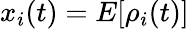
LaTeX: x_{i}(t)=E[\rho_{i}(t)]